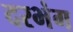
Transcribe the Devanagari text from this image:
दरभंग